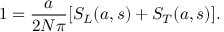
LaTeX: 1 = \frac { a } { 2 N \pi } [ S _ { L } ( a , s ) + S _ { T } ( a , s ) ] .